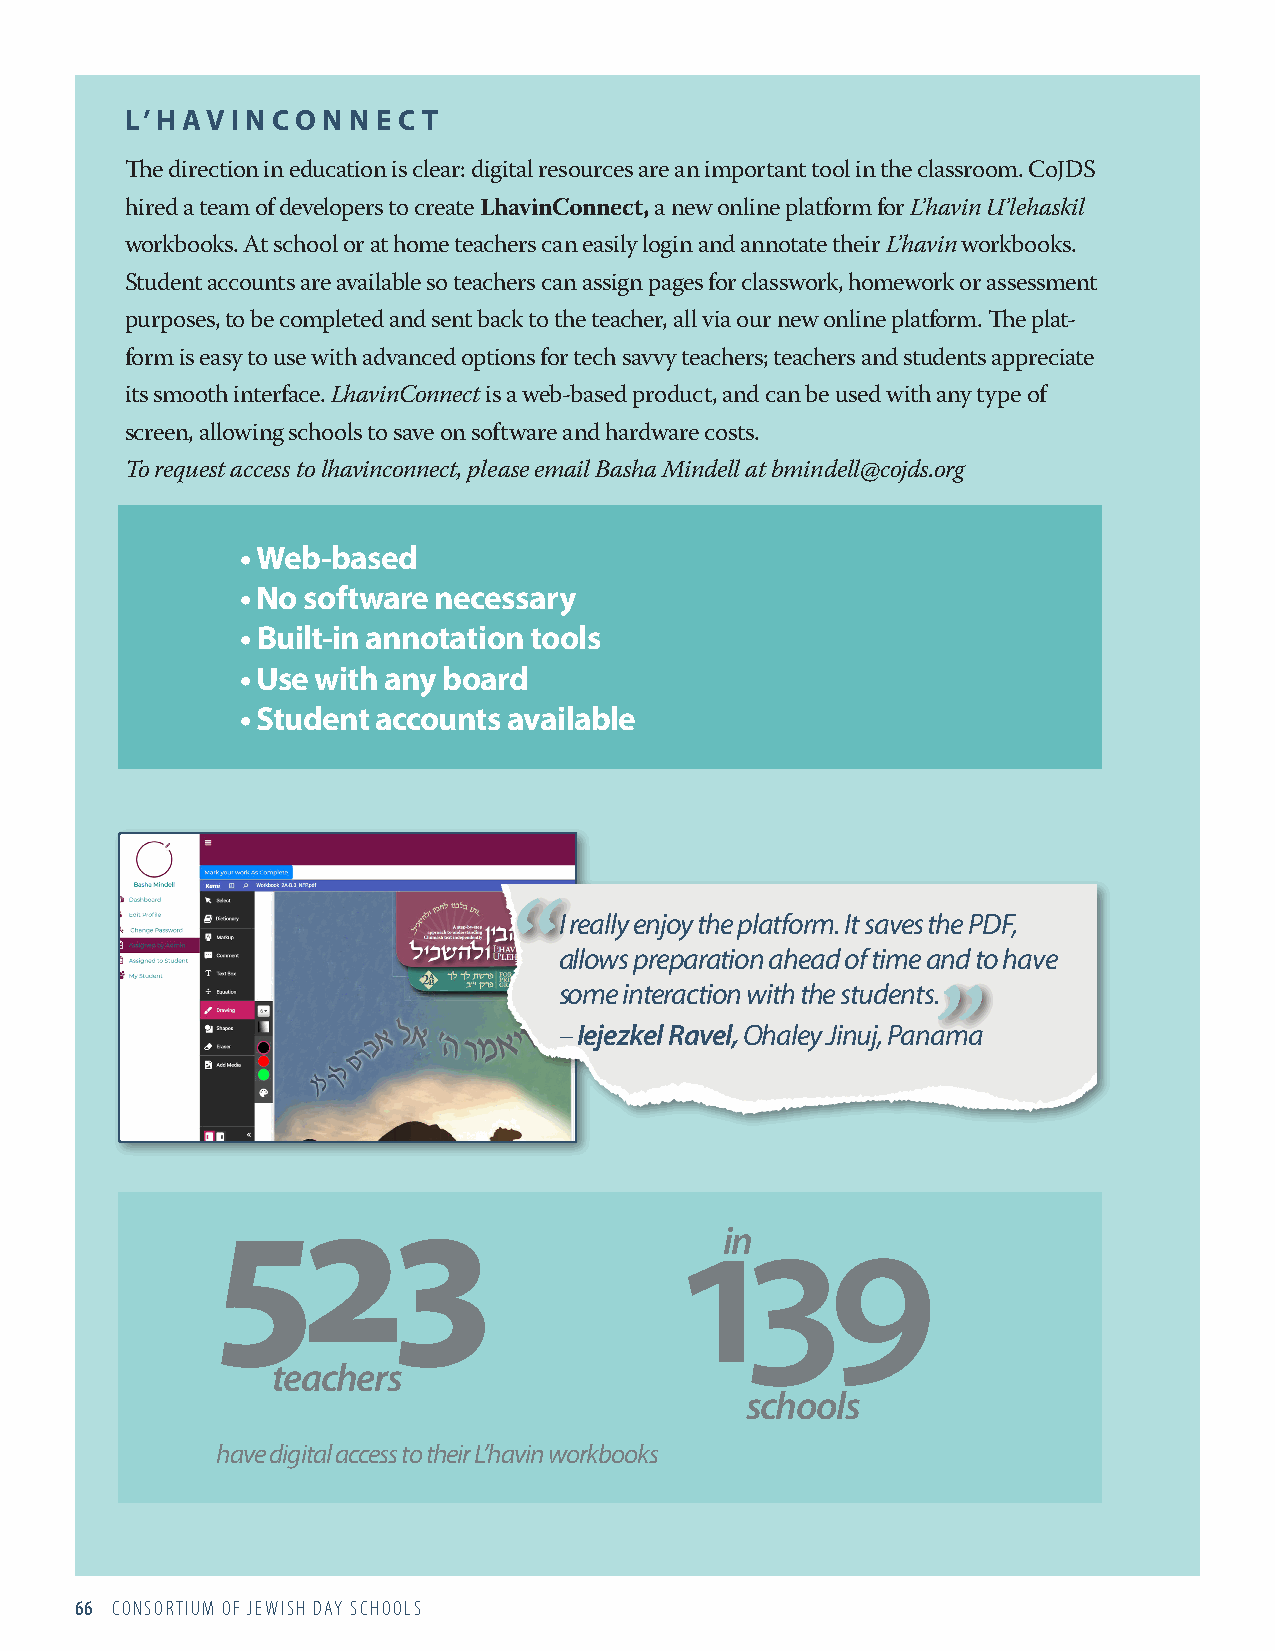
L’HAV  I N CO N N EC T
 The direction in education is clear: digital resources are an important tool in the classroom. CoJDS
 hired a team of developers to create LhavinConnect, a new online platform for L’havin U’lehaskil
 workbooks. At school or at home teachers can easily login and annotate their L’havin workbooks.
 Student accounts are available so teachers can assign pages for classwork, homework or assessment
 purposes, to be completed and sent back to the teacher, all via our new online platform. The plat-
 form is easy to use with advanced options for tech savvy teachers; teachers and students appreciate
 its smooth interface. LhavinConnect is a web-based product, and can be used with any type of
 screen, allowing schools to save on software and hardware costs.
 To request access to lhavinconnect, please email Basha Mindell at bmindell@cojds.org
 • Web-based
 • No software necessary
 • Built-in annotation tools
 • Use with any board
 • Student accounts available
 I really enjoy the platform. It saves the PDF,
 “
 allows preparation ahead of time and to have
 some interaction with the students.
 – Iejezkel Ravel, Ohaley Jinuj, Pan”ama
 523
 139
 in
 teachers
 schools
 have digital access to their L’havin workbooks
 66 CONSORTIUM OF JEWISH DAY SCHOOLS